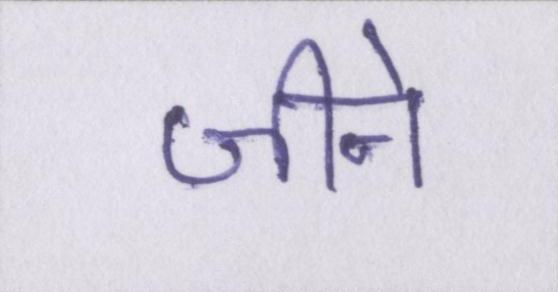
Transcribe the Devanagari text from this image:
जीने